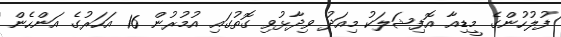
ފުލުހުންގެ މީޑިއާ އޮފިޝަލަކު މިއަދު ވިދާޅުވި ގޮތުގައި އުމުރުން 16 އަހަރުގެ އަންހެން